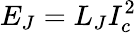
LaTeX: E_{J}=L_{J}I_{c}^{2}